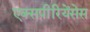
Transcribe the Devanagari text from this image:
एक्सपीरियेंसेस